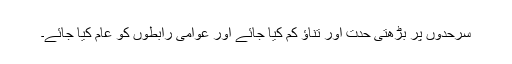
سرحدوں پر بڑھتی حدت اور تناؤ کم کیا جائے اور عوامی رابطوں کو عام کیا جائے۔